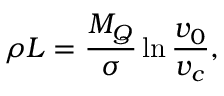
\rho L = \frac { M _ { Q } } { \sigma } \ln { \frac { v _ { 0 } } { v _ { c } } } ,